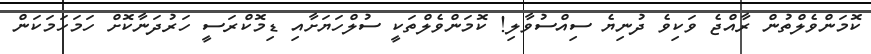
ކޮމަންވެލްތުން ރާއްޖެ ވަކިވެ ދުނިޔެ ސިއްސުވާލި! ކޮމަންވެލްތަކީ ސުލްހަޔަށާއި ޑިމޮކްރަސީ ހަރުދަނާކޮށް ހަމަހަމަކަން